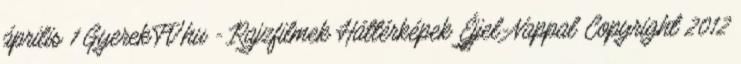
április 1 GyerekTV.hu - Rajzfilmek Háttérképek Éjjel-Nappal Copyright 2012